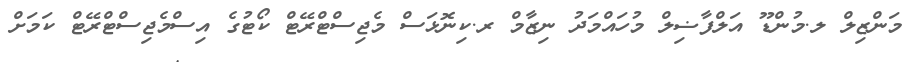
މަންޒިލް ލ.މުންޑޫ އަލްފާޟިލް މުހައްމަދު ނިޒާމް ރ.ކިނޮޅަސް މެޖިސްޓްރޭޓް ކޯޓުގެ އިސްމެޖިސްޓްރޭޓް ކަމަށް